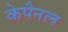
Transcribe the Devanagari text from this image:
केपैनल